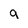
Character: 9